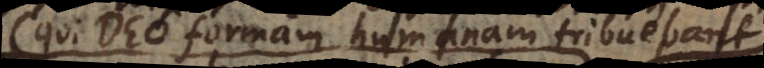
(qui Deo formam humanam tribuebant)